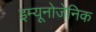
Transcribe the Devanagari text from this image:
इम्यूनोजेनिक